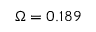
\Omega = 0 . 1 8 9